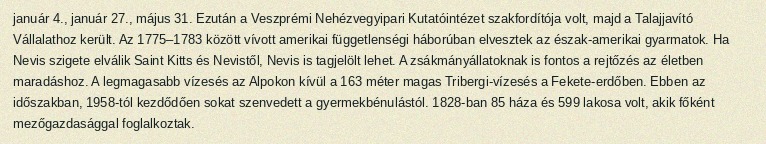
január 4., január 27., május 31. Ezután a Veszprémi Nehézvegyipari Kutatóintézet szakfordítója volt, majd a Talajjavító Vállalathoz került. Az 1775–1783 között vívott amerikai függetlenségi háborúban elvesztek az észak-amerikai gyarmatok. Ha Nevis szigete elválik Saint Kitts és Nevistől, Nevis is tagjelölt lehet. A zsákmányállatoknak is fontos a rejtőzés az életben maradáshoz. A legmagasabb vízesés az Alpokon kívül a 163 méter magas Tribergi-vízesés a Fekete-erdőben. Ebben az időszakban, 1958-tól kezdődően sokat szenvedett a gyermekbénulástól. 1828-ban 85 háza és 599 lakosa volt, akik főként mezőgazdasággal foglalkoztak.